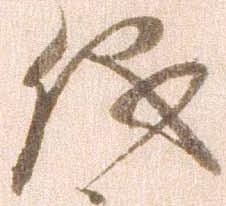
儀